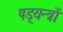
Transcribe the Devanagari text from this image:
षड़्यन्त्रों